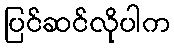
ပြင်ဆင်လိုပါက